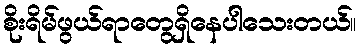
စိုးရိမ်ဖွယ်ရာတွေရှိနေပါသေးတယ်။